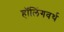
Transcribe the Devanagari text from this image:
हॉलिंगवर्थ